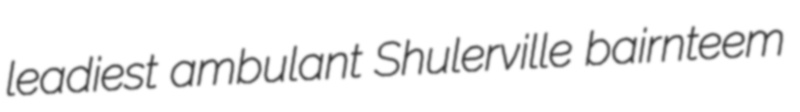
leadiest ambulant Shulerville bairnteem